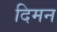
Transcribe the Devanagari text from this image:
दिमन